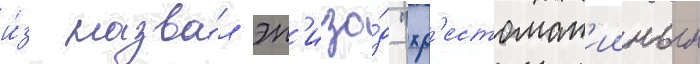
и́з назва́л эп'изо́д "хр'естомат'ииным